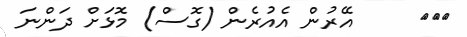
١١٢     އޭރުން އެއުރެން (ގޮސް) މޮޅަށް ދަންނަ